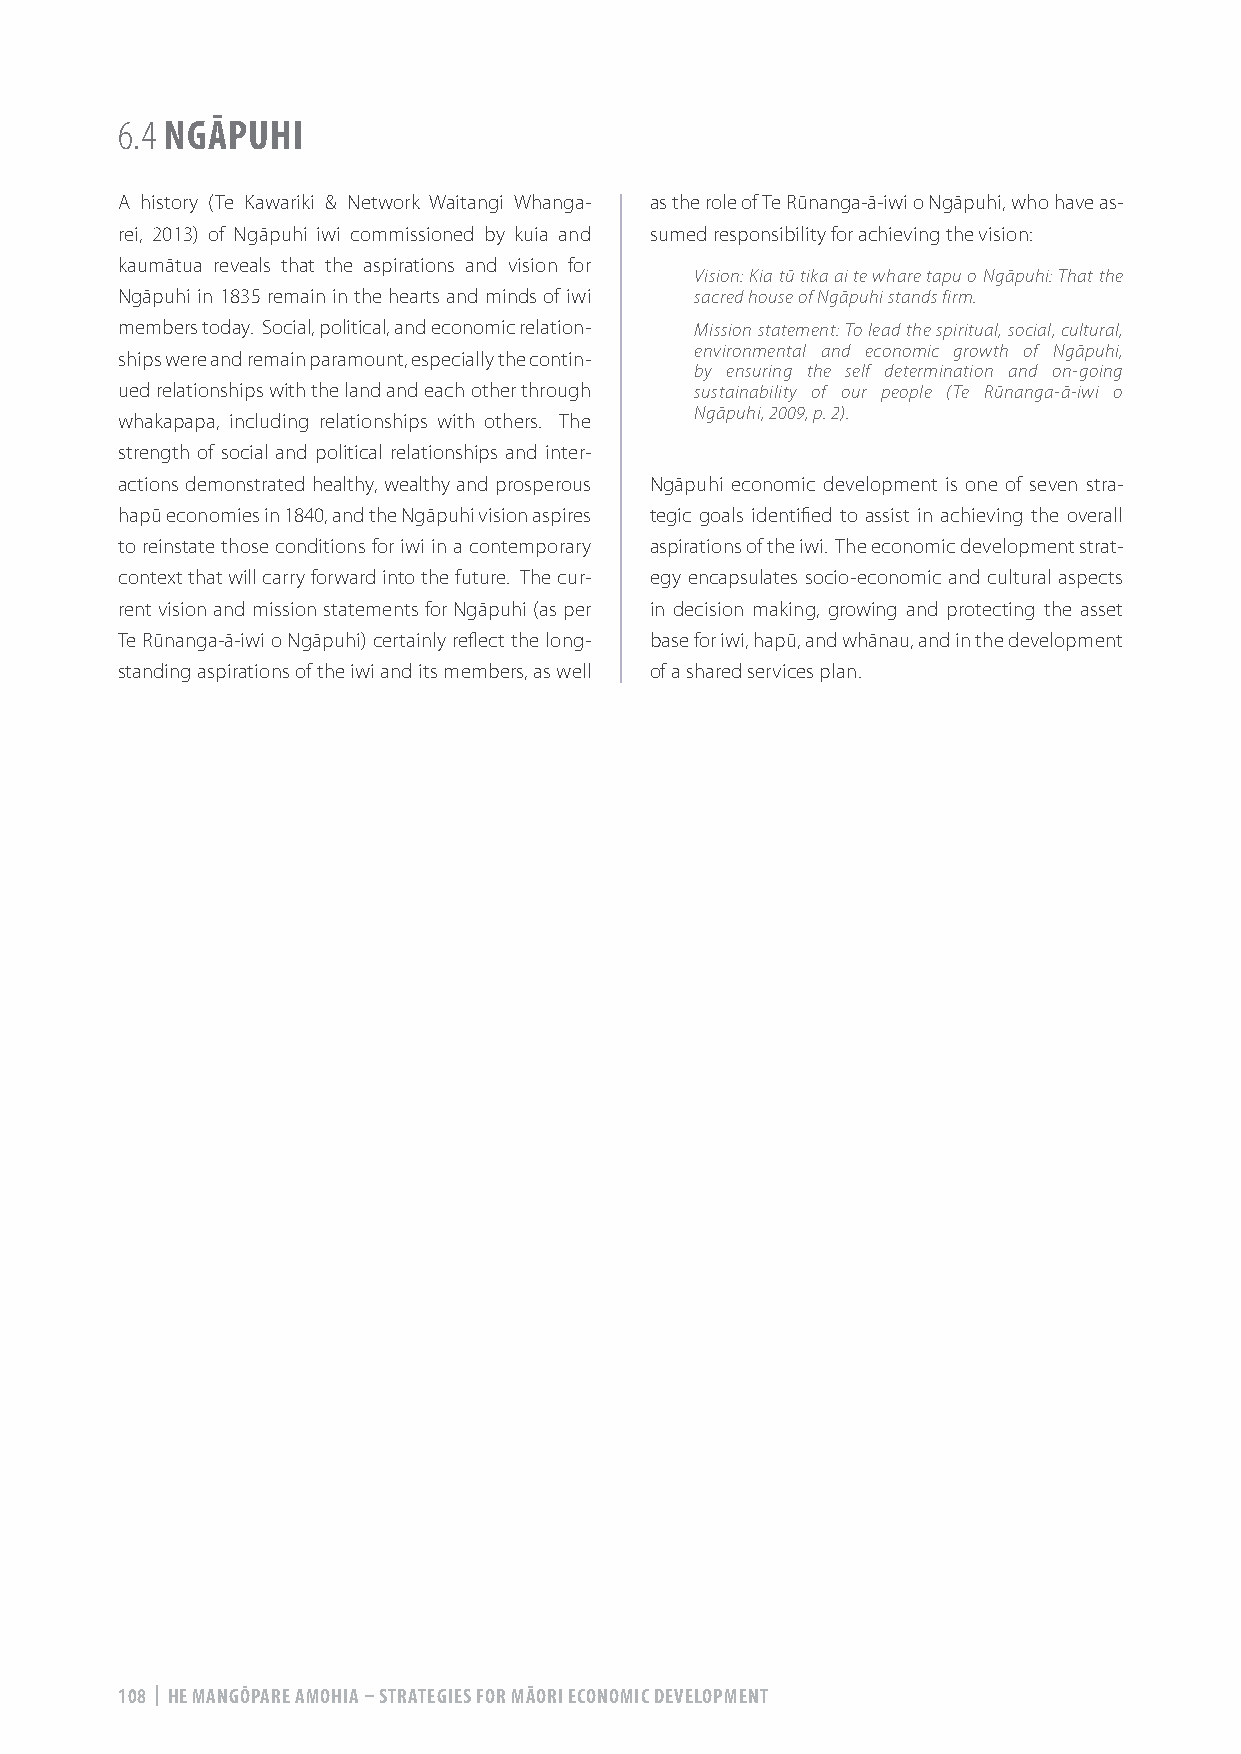
6.4 NGĀPUHI
 A history (Te Kawariki & Network Waitangi Whanga- as the role of Te Rūnanga-ā-iwi o Ngāpuhi, who have as-
 rei, 2013) of Ngāpuhi iwi commissioned by kuia and sumed responsibility for achieving the vision:
 kaumātua reveals that the aspirations and vision for
 Vision: Kia tū tika ai te whare tapu o Ngāpuhi: That the
 Ngāpuhi in 1835 remain in the hearts and minds of iwi sacred house of Ngāpuhi stands firm.
 members today. Social, political, and economic relation- Mission statement: To lead the spiritual, social, cultural,
 environmental and economic growth of Ngāpuhi,
 ships were and remain paramount, especially the contin-
 by ensuring the self determination and on-going
 ued relationships with the land and each other through sustainability of our people (Te Rūnanga-ā-iwi o
 Ngāpuhi, 2009, p. 2).
 whakapapa, including relationships with others. The
 strength of social and political relationships and inter-
 actions demonstrated healthy, wealthy and prosperous Ngāpuhi economic development is one of seven stra-
 hapū economies in 1840, and the Ngāpuhi vision aspires tegic goals identified to assist in achieving the overall
 to reinstate those conditions for iwi in a contemporary aspirations of the iwi. The economic development strat-
 context that will carry forward into the future. The cur- egy encapsulates socio-economic and cultural aspects
 rent vision and mission statements for Ngāpuhi (as per in decision making, growing and protecting the asset
 Te Rūnanga-ā-iwi o Ngāpuhi) certainly reflect the long- base for iwi, hapū, and whānau, and in the development
 standing aspirations of the iwi and its members, as well of a shared services plan.
 108 | HE MANGŌPARE AMOHIA – STRATEGIES FOR MĀORI ECONOMIC DEVELOPMENT